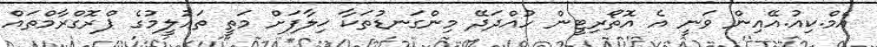
އެމް.ކިއު.އޭއިން ވަނީ އެ އޮތޯރިޓީން ހުއްދަދޭ މިންގަނޑުތަކާ ޚިލާފަށް މަތީ ތަޢުލީމުގެ ޕްރޮގްރާމްތައް